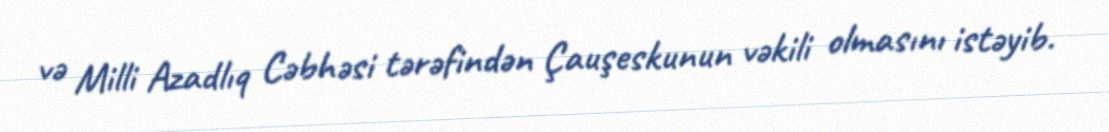
və Milli Azadlıq Cəbhəsi tərəfindən Çauşeskunun vəkili olmasını istəyib.